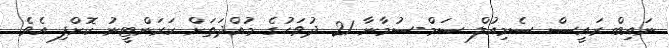
ނައިބް ރައީސް ސެމިއުލް ސަމް-ސުމާނާ 21 ދުވަހުގެ މުއްދަތަށް ކަރަންޓީނު ކޮށްފި އެވެ.